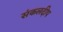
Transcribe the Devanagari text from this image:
संकलदीप